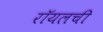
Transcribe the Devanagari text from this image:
रॉयलची